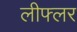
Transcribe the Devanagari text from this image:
लीफ्लर